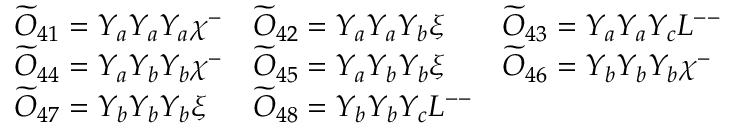
\begin{array} { l l l } { { \widetilde { \cal O } _ { 4 1 } = Y _ { a } Y _ { a } Y _ { a } \chi ^ { - } } } & { { \widetilde { \cal O } _ { 4 2 } = Y _ { a } Y _ { a } Y _ { b } \xi } } & { { \widetilde { \cal O } _ { 4 3 } = Y _ { a } Y _ { a } Y _ { c } L ^ { -- } } } \\ { { \widetilde { \cal O } _ { 4 4 } = Y _ { a } Y _ { b } Y _ { b } \chi ^ { - } } } & { { \widetilde { \cal O } _ { 4 5 } = Y _ { a } Y _ { b } Y _ { b } \xi } } & { { \widetilde { \cal O } _ { 4 6 } = Y _ { b } Y _ { b } Y _ { b } \chi ^ { - } } } \\ { { \widetilde { \cal O } _ { 4 7 } = Y _ { b } Y _ { b } Y _ { b } \xi } } & { { \widetilde { \cal O } _ { 4 8 } = Y _ { b } Y _ { b } Y _ { c } L ^ { -- } } } & { { } } \end{array}